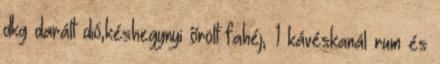
dkg darált dió,késhegynyi őrölt fahéj, 1 kávéskanál rum és